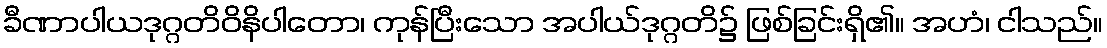
ခီဏာပါယဒုဂ္ဂတိဝိနိပါတော၊ ကုန်ပြီးသော အပါယ်ဒုဂ္ဂတိ၌ ဖြစ်ခြင်းရှိ၏။ အဟံ၊ ငါသည်။